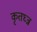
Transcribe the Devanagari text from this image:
कृतघ्न्न